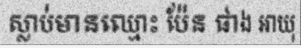
ស្លាប់មានឈ្មោះ ប៉ែន ផាង អាយុ